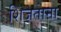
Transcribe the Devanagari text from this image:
शिजताना